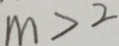
m > 2